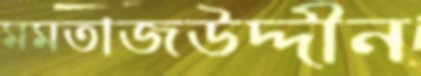
মমতাজউদ্দীন